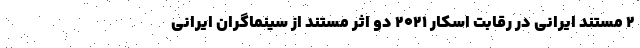
۲ مستند ایرانی در رقابت اسکار ۲۰۲۱ دو اثر مستند از سینماگران ایرانی